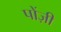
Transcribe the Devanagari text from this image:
पोंज़ी